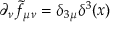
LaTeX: \partial _ { \nu } \tilde { f } _ { \mu \nu } = \delta _ { 3 \mu } \delta ^ { 3 } ( x )